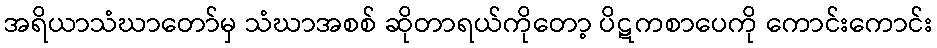
အရိယာသံဃာတော်မှ သံဃာအစစ် ဆိုတာရယ်ကိုတော့ ပိဋကစာပေကို ကောင်းကောင်း